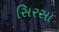
સિરસા